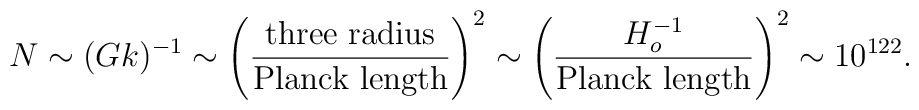
N \sim (G k)^{-1} \sim \left ({{\rm three  \ radius}\over{\rm Planck  \ length}}\right )^2 \sim \left ({H_o^{-1}\over{\rm Planck \ length}}\right )^2 \sim 10^{122}.